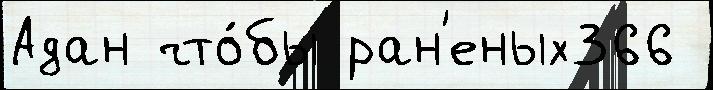
Адан что́бы ран'еных366